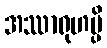
အဿာရုဟမ္ပိ